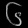
Digit: ၆